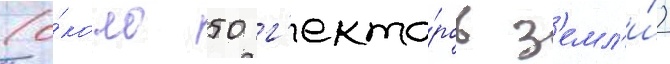
(о́коло 50 г'екта́ров з'емл'и́)